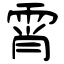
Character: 霄